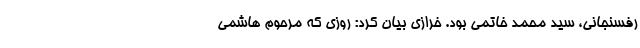
رفسنجانی، سید محمد خاتمی بود. خرازی بیان کرد: روزی که مرحوم هاشمی